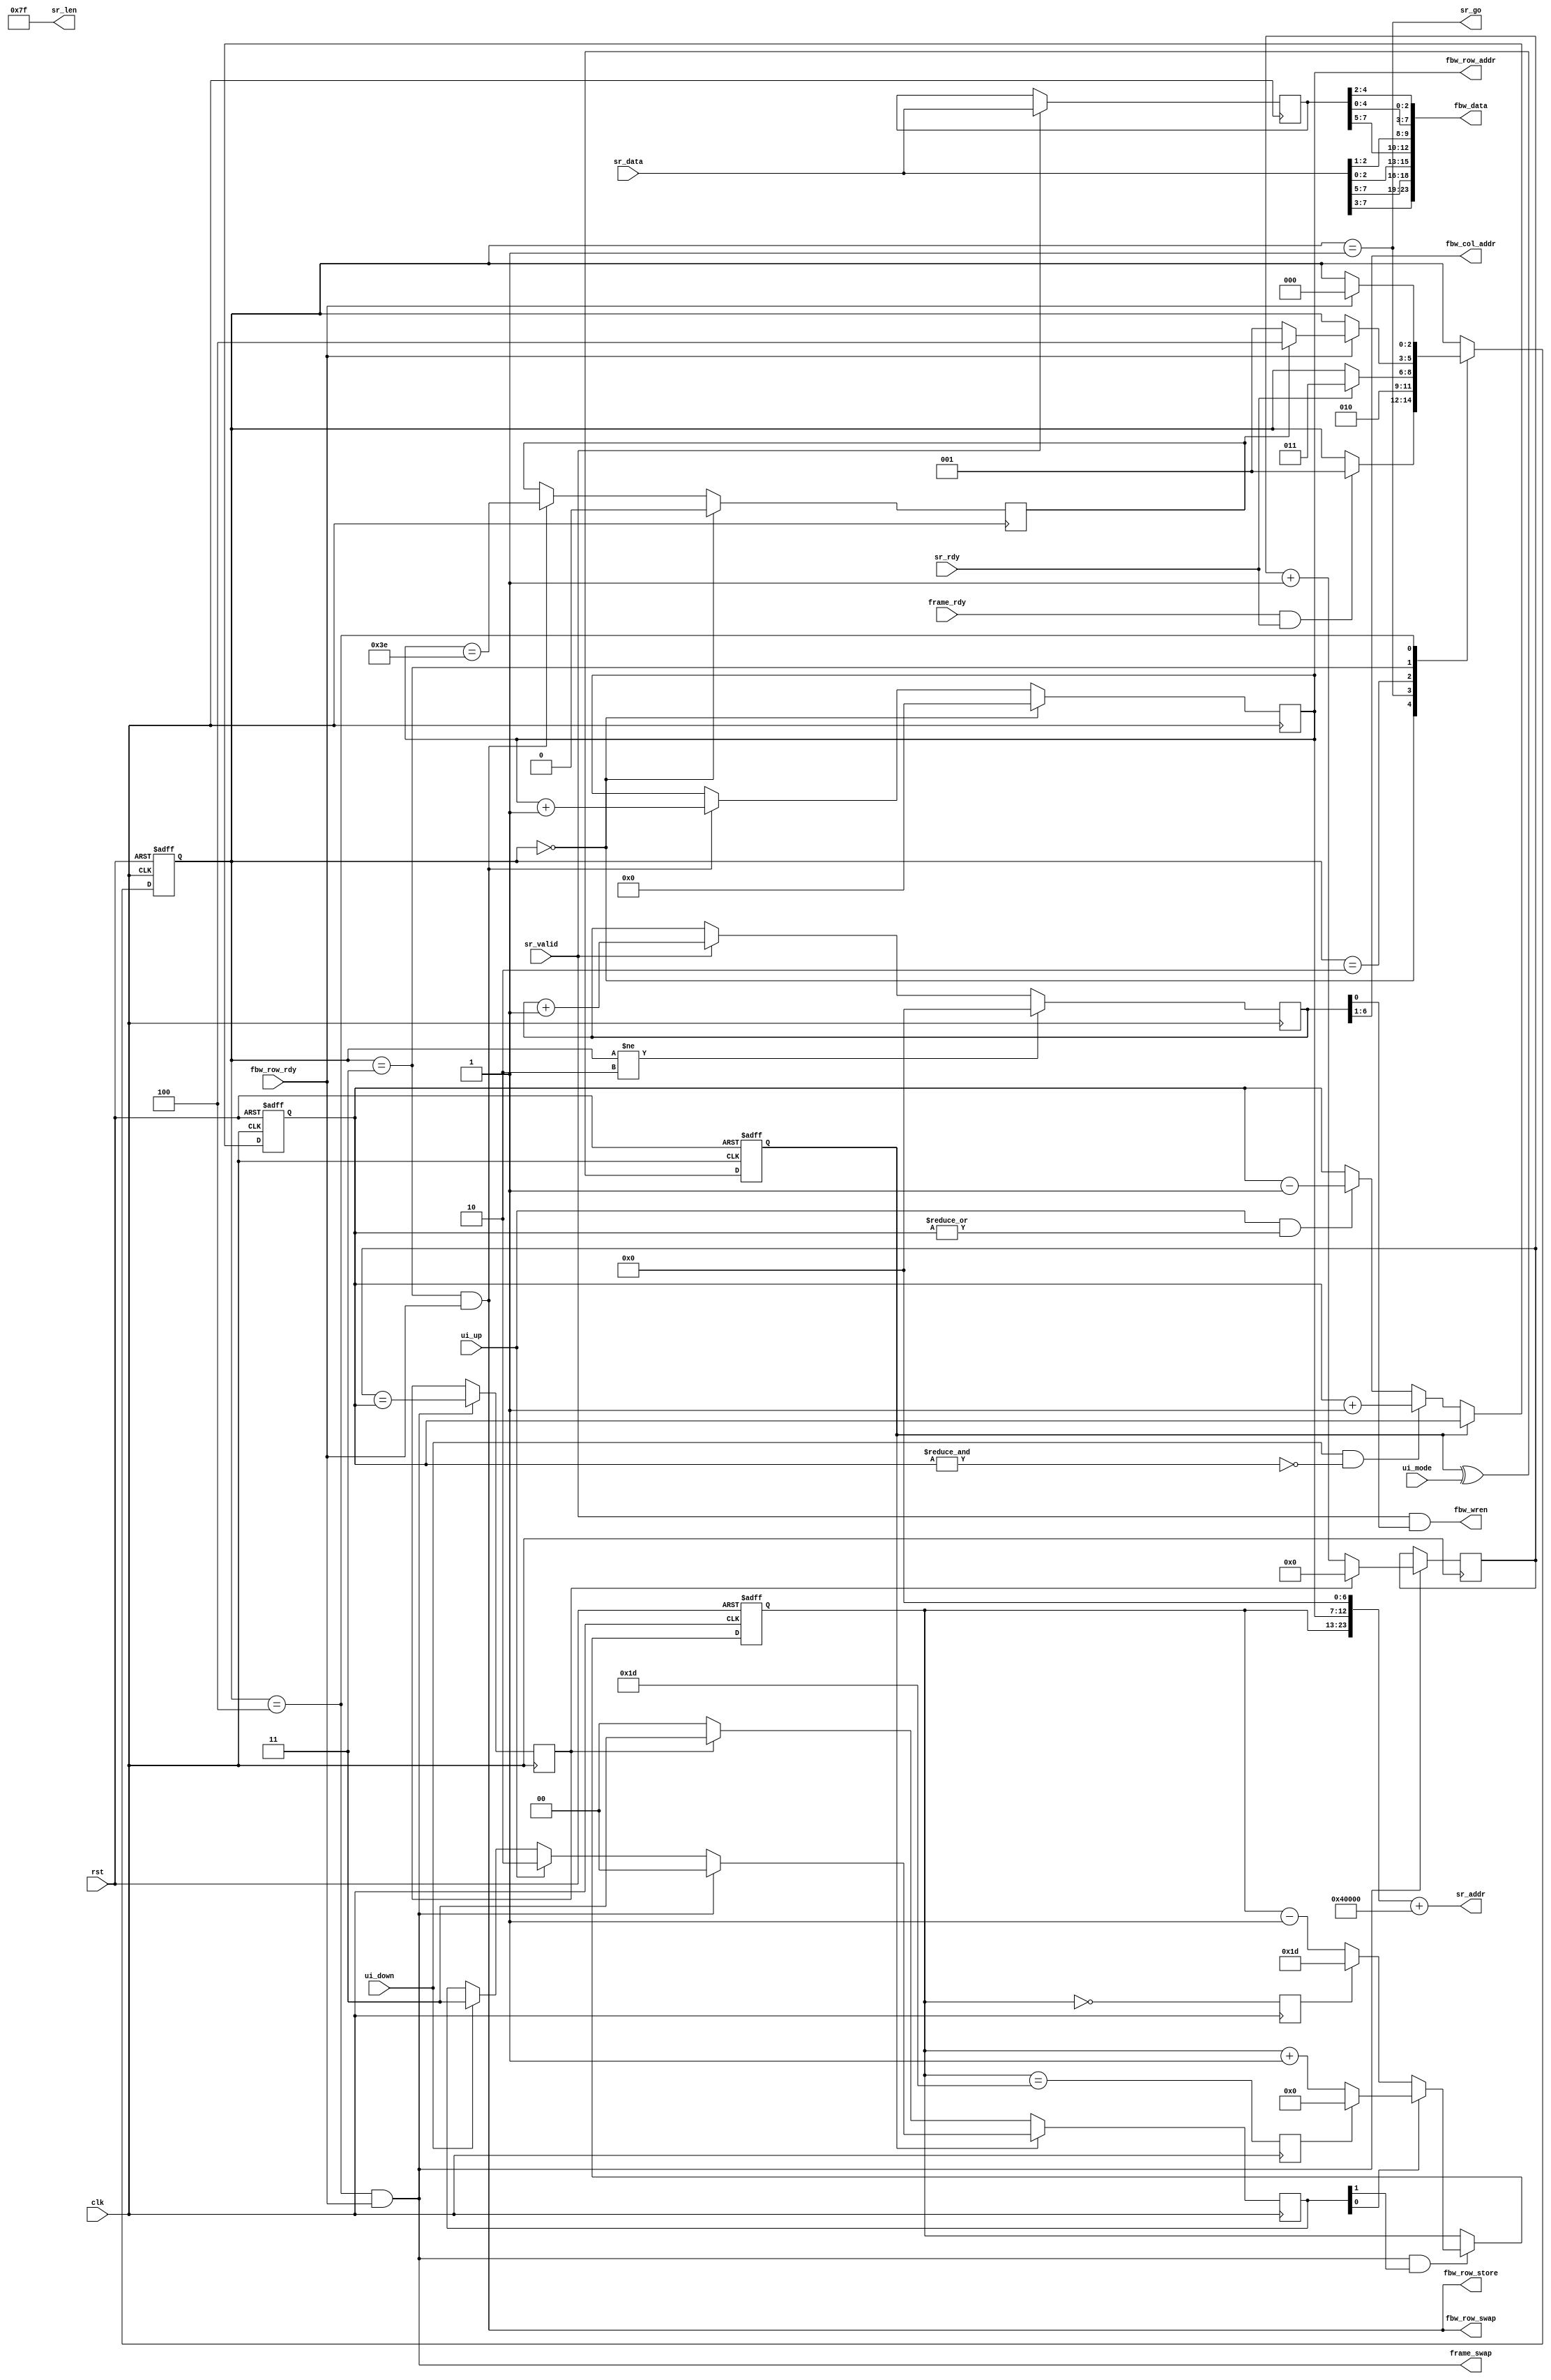
/*
 * vgen.v
 *
 * vim: ts=4 sw=4
 *
 * Copyright (C) 2019  Sylvain Munaut <tnt@246tNt.com>
 * All rights reserved.
 *
 * BSD 3-clause, see LICENSE.bsd
 *
 * Redistribution and use in source and binary forms, with or without
 * modification, are permitted provided that the following conditions are met:
 *     * Redistributions of source code must retain the above copyright
 *       notice, this list of conditions and the following disclaimer.
 *     * Redistributions in binary form must reproduce the above copyright
 *       notice, this list of conditions and the following disclaimer in the
 *       documentation and/or other materials provided with the distribution.
 *     * Neither the name of the <organization> nor the
 *       names of its contributors may be used to endorse or promote products
 *       derived from this software without specific prior written permission.
 *
 * THIS SOFTWARE IS PROVIDED BY THE COPYRIGHT HOLDERS AND CONTRIBUTORS "AS IS" AND
 * ANY EXPRESS OR IMPLIED WARRANTIES, INCLUDING, BUT NOT LIMITED TO, THE IMPLIED
 * WARRANTIES OF MERCHANTABILITY AND FITNESS FOR A PARTICULAR PURPOSE ARE
 * DISCLAIMED. IN NO EVENT SHALL <COPYRIGHT HOLDER> BE LIABLE FOR ANY
 * DIRECT, INDIRECT, INCIDENTAL, SPECIAL, EXEMPLARY, OR CONSEQUENTIAL DAMAGES
 * (INCLUDING, BUT NOT LIMITED TO, PROCUREMENT OF SUBSTITUTE GOODS OR SERVICES;
 * LOSS OF USE, DATA, OR PROFITS; OR BUSINESS INTERRUPTION) HOWEVER CAUSED AND
 * ON ANY THEORY OF LIABILITY, WHETHER IN CONTRACT, STRICT LIABILITY, OR TORT
 * (INCLUDING NEGLIGENCE OR OTHERWISE) ARISING IN ANY WAY OUT OF THE USE OF THIS
 * SOFTWARE, EVEN IF ADVISED OF THE POSSIBILITY OF SUCH DAMAGE.
 */

`default_nettype none

module vgen #(
	parameter ADDR_BASE = 24'h040000,
	parameter integer N_FRAMES = 30,
	parameter integer N_ROWS   = 64,	// # of rows (must be power of 2!!!)
	parameter integer N_COLS   = 64,	// # of columns
	parameter integer BITDEPTH = 24,

	// Auto-set
	parameter integer LOG_N_ROWS  = $clog2(N_ROWS),
	parameter integer LOG_N_COLS  = $clog2(N_COLS)
)(
	// SPI reader interface
	output wire [23:0] sr_addr,
	output wire [15:0] sr_len,
	output wire sr_go,
	input  wire sr_rdy,

	input wire [7:0] sr_data,
	input wire sr_valid,

	// Frame Buffer write interface
	output wire [LOG_N_ROWS-1:0] fbw_row_addr,
	output wire fbw_row_store,
	input  wire fbw_row_rdy,
	output wire fbw_row_swap,

	output wire [BITDEPTH-1:0] fbw_data,
	output wire [LOG_N_COLS-1:0] fbw_col_addr,
	output wire fbw_wren,

	output wire frame_swap,
	input  wire frame_rdy,

	// UI
	input  wire ui_up,
	input  wire ui_mode,
	input  wire ui_down,

	// Clock / Reset
	input  wire clk,
	input  wire rst
);

	localparam integer FW = 23 - LOG_N_ROWS - LOG_N_COLS;

	// Signals
	// -------

	// FSM
	localparam
		ST_FRAME_WAIT	= 0,
		ST_ROW_SPI_CMD	= 1,
		ST_ROW_SPI_READ	= 2,
		ST_ROW_WRITE	= 3,
		ST_ROW_WAIT		= 4;

	reg  [2:0] fsm_state;
	reg  [2:0] fsm_state_next;

	// UI
	reg mode;
	reg [3:0] cfg_rep;
	reg [1:0] frame_sel;

	// Counters
	reg [FW-1:0] cnt_frame;
	reg cnt_frame_first;
	reg cnt_frame_last;

	reg [3:0] cnt_rep;
	reg cnt_rep_last;

	reg [LOG_N_ROWS-1:0] cnt_row;
	reg cnt_row_last;

	reg [LOG_N_COLS:0] cnt_col;

	// SPI
	reg [7:0] sr_data_r;
	wire [15:0] sr_data16;

	// Output
	wire [7:0] color [0:2];


	// FSM
	// ---

	// State register
	always @(posedge clk or posedge rst)
		if (rst)
			fsm_state <= ST_FRAME_WAIT;
		else
			fsm_state <= fsm_state_next;

	// Next-State logic
	always @(*)
	begin
		// Default is not to move
		fsm_state_next = fsm_state;

		// Transitions ?
		case (fsm_state)
			ST_FRAME_WAIT:
				if (frame_rdy & sr_rdy)
					fsm_state_next = ST_ROW_SPI_CMD;

			ST_ROW_SPI_CMD:
				fsm_state_next = ST_ROW_SPI_READ;

			ST_ROW_SPI_READ:
				if (sr_rdy)
					fsm_state_next = ST_ROW_WRITE;

			ST_ROW_WRITE:
				if (fbw_row_rdy)
					fsm_state_next = cnt_row_last ? ST_ROW_WAIT : ST_ROW_SPI_CMD;

			ST_ROW_WAIT:
				if (fbw_row_rdy)
					fsm_state_next = ST_FRAME_WAIT;
		endcase
	end


	// UI handling
	// -----------

	// Mode toggle
	always @(posedge clk or posedge rst)
		if (rst)
			mode <= 1'b0;
		else
			mode <= mode ^ ui_mode;

	// Repetition counter
	always @(posedge clk or posedge rst)
		if (rst)
			cfg_rep <= 4'h6;
		else if (~mode) begin
			if (ui_down & ~&cfg_rep)
				cfg_rep <= cfg_rep + 1;
			else if (ui_up & |cfg_rep)
				cfg_rep <= cfg_rep - 1;
		end

	// Latch request for prev / next frame
	always @(posedge clk)
		if (~mode)
			frame_sel <= cnt_rep_last ? 2'b11 : 2'b00;
		else if ((fsm_state == ST_ROW_WAIT) && fbw_row_rdy)
			frame_sel <= 2'b00;
		else if (ui_up)
			frame_sel <= 2'b10;
		else if (ui_down)
			frame_sel <= 2'b11;


	// Counters
	// --------

	// Frame counter
	always @(posedge clk or posedge rst)
		if (rst)
			cnt_frame <= 0;
		else if ((fsm_state == ST_ROW_WAIT) && fbw_row_rdy && frame_sel[1])
			if (frame_sel[0])
				cnt_frame <= cnt_frame_last  ? { (FW){1'b0} } : (cnt_frame + 1);
			else
				cnt_frame <= cnt_frame_first ? (N_FRAMES - 1) : (cnt_frame - 1);

	always @(posedge clk)
	begin
		// Those end up one cycle late vs 'cnt_frame' but that's fine, they
		// won't be used until a while later
		cnt_frame_last  <= (cnt_frame == (N_FRAMES - 1));
		cnt_frame_first <= (cnt_frame == 0);
	end

	// Repeat counter
	always @(posedge clk)
		if ((fsm_state == ST_ROW_WAIT) && fbw_row_rdy) begin
			cnt_rep <= cnt_rep_last ? 4'h0 : (cnt_rep + 1);
			cnt_rep_last <= (cnt_rep == cfg_rep);
		end

	// Row counter
	always @(posedge clk)
		if (fsm_state == ST_FRAME_WAIT) begin
			cnt_row <= 0;
			cnt_row_last <= 1'b0;
		end else if ((fsm_state == ST_ROW_WRITE) && fbw_row_rdy) begin
			cnt_row <= cnt_row + 1;
			cnt_row_last <= (cnt_row == (1 << LOG_N_ROWS) - 2);
		end

	// Column counter
	always @(posedge clk)
		if (fsm_state != ST_ROW_SPI_READ)
			cnt_col <= 0;
		else if (sr_valid)
			cnt_col <= cnt_col + 1;


	// SPI reader
	// ----------

	// Requests
	assign sr_addr = { cnt_frame, cnt_row, {(LOG_N_COLS+1){1'b0}} } + ADDR_BASE;
	assign sr_len = (N_COLS << 1) - 1;
	assign sr_go = (fsm_state == ST_ROW_SPI_CMD);

	// Data
	always @(posedge clk)
		if (sr_valid)
			sr_data_r <= sr_data;
	
	assign sr_data16 = { sr_data, sr_data_r };


	// Front-Buffer write
	// ------------------

	assign fbw_wren = sr_valid & cnt_col[0];
	assign fbw_col_addr = cnt_col[6:1];

	// Map to color
	assign color[2] = { sr_data16[15:11], sr_data16[15:13] };
	assign color[1] = { sr_data16[10: 5], sr_data16[10: 9] };
	assign color[0] = { sr_data16[ 4: 0], sr_data16[ 4: 2] };

	generate
		if (BITDEPTH == 8)
			assign fbw_data = { color[2][7:5], color[1][7:5], color[0][7:6] };
		else if (BITDEPTH == 16)
			assign fbw_data = { color[2][7:3], color[1][7:2], color[0][7:3] };
		else if (BITDEPTH == 24)
			assign fbw_data = { color[2], color[1], color[0] };
	endgenerate


	// Back-Buffer store
	// -----------------

	assign fbw_row_addr  = cnt_row;
	assign fbw_row_store = (fsm_state == ST_ROW_WRITE) && fbw_row_rdy;
	assign fbw_row_swap  = (fsm_state == ST_ROW_WRITE) && fbw_row_rdy;


	// Next frame
	// ----------

	assign frame_swap = (fsm_state == ST_ROW_WAIT) && fbw_row_rdy;

endmodule // vgen